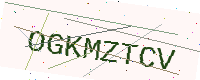
Text: OGKMZTCV